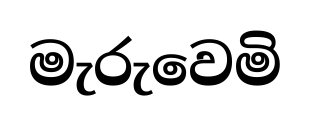
මැරුවෙමි